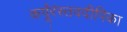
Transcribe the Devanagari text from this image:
कर्पूंरंस्तवदीपिका